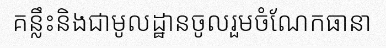
គន្លឹះនិងជាមូលដ្ឋានចូលរួមចំណែកធានា